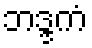
ဘဒ္ဒကံ